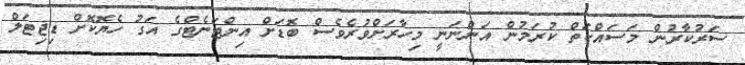
ސަރުކާރުން މަސައްކަތް ކުރަމުން އަންނަނީ މިހާރަށްވުރެވެސް ބޮޑަށް އިންޓަނެޓްގެ އަގު ހެޔޮކޮށް ޑިޖިޓަލް